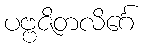
ပဗ္ဗဇိတလိင်္ဂေ